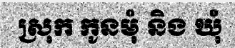
ស្រុក កូនមុំ និង ឃុំ